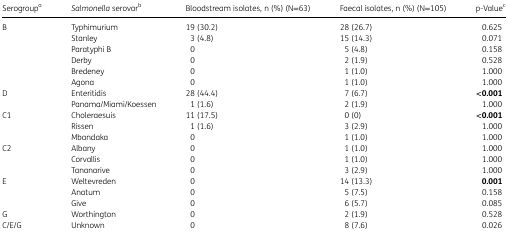
<table><thead><tr><td><b>Serogroup<sup>a</sup></b></td><td><b><i>Salmonella</i> serovar<sup>b</sup></b></td><td><b>Bloodstream isolates, n (%) (N=63)</b></td><td><b>Faecal isolates, n (%) (N=105)</b></td><td><b>p-Value<sup>c</sup></b></td></tr></thead><tbody><tr><td rowspan="6">B</td><td>Typhimurium</td><td>19 (30.2)</td><td>28 (26.7)</td><td>0.625</td></tr><tr><td>Stanley</td><td>3 (4.8)</td><td>15 (14.3)</td><td>0.071</td></tr><tr><td>Paratyphi B</td><td>0</td><td>5 (4.8)</td><td>0.158</td></tr><tr><td>Derby</td><td>0</td><td>2 (1.9)</td><td>0.528</td></tr><tr><td>Bredeney</td><td>0</td><td>1 (1.0)</td><td>1.000</td></tr><tr><td>Agona</td><td>0</td><td>1 (1.0)</td><td>1.000</td></tr><tr><td rowspan="2">D</td><td>Enteritidis</td><td>28 (44.4)</td><td>7 (6.7)</td><td><b>&lt;0.001</b></td></tr><tr><td>Panama/Miami/Koessen</td><td>1 (1.6)</td><td>2 (1.9)</td><td>1.000</td></tr><tr><td rowspan="3">C1</td><td>Choleraesuis</td><td>11 (17.5)</td><td>0 (0)</td><td><b>&lt;0.001</b></td></tr><tr><td>Rissen</td><td>1 (1.6)</td><td>3 (2.9)</td><td>1.000</td></tr><tr><td>Mbandaka</td><td>0</td><td>1 (1.0)</td><td>1.000</td></tr><tr><td rowspan="3">C2</td><td>Albany</td><td>0</td><td>1 (1.0)</td><td>1.000</td></tr><tr><td>Corvallis</td><td>0</td><td>1 (1.0)</td><td>1.000</td></tr><tr><td>Tananarive</td><td>0</td><td>3 (2.9)</td><td>1.000</td></tr><tr><td rowspan="3">E</td><td>Weltevreden</td><td>0</td><td>14 (13.3)</td><td><b>0.001</b></td></tr><tr><td>Anatum</td><td>0</td><td>5 (7.5)</td><td>0.158</td></tr><tr><td>Give</td><td>0</td><td>6 (5.7)</td><td>0.085</td></tr><tr><td>G</td><td>Worthington</td><td>0</td><td>2 (1.9)</td><td>0.528</td></tr><tr><td>C/E/G</td><td>Unknown</td><td>0</td><td>8 (7.6)</td><td>0.026</td></tr></tbody></table>